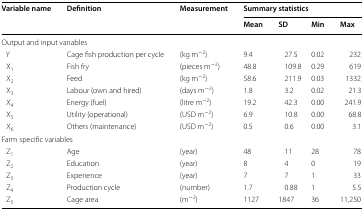
<table><thead><tr><td rowspan="2"><b>Variable name</b></td><td rowspan="2"><b>Definition</b></td><td rowspan="2"><b>Measurement</b></td><td colspan="4"><b>Summary statistics</b></td></tr><tr><td><b>Mean</b></td><td><b>SD</b></td><td><b>Min</b></td><td><b>Max</b></td></tr></thead><tbody><tr><td colspan="4">Output and input variables</td><td></td><td></td><td></td></tr><tr><td> Y</td><td>Cage fish production per cycle</td><td>(kg m<sup>−2</sup>)</td><td>9.4</td><td>27.5</td><td>0.02</td><td>232</td></tr><tr><td> X<sub>1</sub></td><td>Fish fry</td><td>(pieces m<sup>−2</sup>)</td><td>48.8</td><td>109.8</td><td>0.29</td><td>619</td></tr><tr><td> X<sub>2</sub></td><td>Feed</td><td>(kg m<sup>−2</sup>)</td><td>58.6</td><td>211.9</td><td>0.03</td><td>1332</td></tr><tr><td> X<sub>3</sub></td><td>Labour (own and hired)</td><td>(days m<sup>−2</sup>)</td><td>1.8</td><td>3.2</td><td>0.02</td><td>21.3</td></tr><tr><td> X<sub>4</sub></td><td>Energy (fuel)</td><td>(litre m<sup>−2</sup>)</td><td>19.2</td><td>42.3</td><td>0.00</td><td>241.9</td></tr><tr><td> X<sub>5</sub></td><td>Utility (operational)</td><td>(USD m<sup>−2</sup>)</td><td>6.9</td><td>10.8</td><td>0.00</td><td>68.8</td></tr><tr><td> X<sub>6</sub></td><td>Others (maintenance)</td><td>(USD m<sup>−2</sup>)</td><td>0.5</td><td>0.6</td><td>0.00</td><td>3.1</td></tr><tr><td colspan="7">Farm specific variables</td></tr><tr><td> Z<sub>1</sub></td><td>Age</td><td>(year)</td><td>48</td><td>11</td><td>28</td><td>78</td></tr><tr><td> Z<sub>2</sub></td><td>Education</td><td>(year)</td><td>8</td><td>4</td><td>0</td><td>19</td></tr><tr><td> Z<sub>3</sub></td><td>Experience</td><td>(year)</td><td>7</td><td>7</td><td>1</td><td>33</td></tr><tr><td> Z<sub>4</sub></td><td>Production cycle</td><td>(number)</td><td>1.7</td><td>0.88</td><td>1</td><td>5.5</td></tr><tr><td> Z<sub>5</sub></td><td>Cage area</td><td>(m<sup>−2</sup>)</td><td>1127</td><td>1847</td><td>36</td><td>11,250</td></tr></tbody></table>